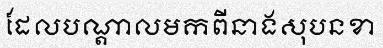
ដែលបណ្តាលមកពីនាងសុបនខា